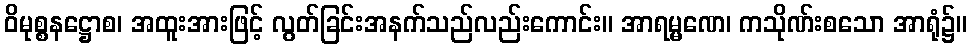
ဝိမုစ္စနဋ္ဌောစ၊ အထူးအားဖြင့် လွတ်ခြင်းအနက်သည်လည်းကောင်း။ အာရမ္မဏေ၊ ကသိုဏ်းစသော အာရုံ၌။